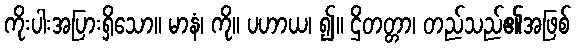
ကိုးပါးအပြားရှိသော။ မာနံ၊ ကို။ ပဟာယ၊ ၍။ ဌိတတ္တာ၊ တည်သည်၏အဖြစ်